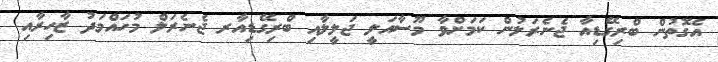
އެގޮތުން ބްރިގޭޑިއާ ޖެނެރަލުން ކަމަށްވާ މޫސާއަލީ ޖަލީލާއި ބްރިގޭޑިއާރ ޖެނެރަލް މުހައްމަދު ޒާހިރާއި